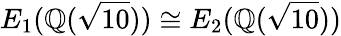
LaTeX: E_{1}(\mathbb{Q}({\sqrt{10}}))\cong E_{2}(\mathbb{Q}({\sqrt{10}}))